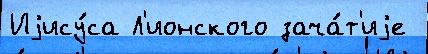
Иjису́са Л'ионского зача́т'иjе